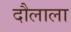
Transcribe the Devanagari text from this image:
दौलाला